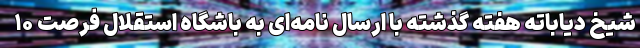
شیخ دیاباته هفته گذشته با ارسال نامه‌ای به باشگاه استقلال فرصت ۱۰